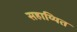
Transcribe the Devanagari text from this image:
सहाय्यित